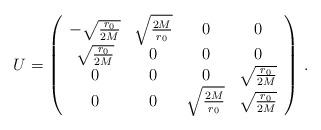
LaTeX: \begin{align*}U=\left(\begin{array}{cccc}-\sqrt{\frac{r_0}{2M}}&\sqrt{\frac{2M}{r_0}}&0&0\\\sqrt{\frac{r_0}{2M}}&0&0&0\\ 0&0&0&\sqrt{\frac{r_0}{2M}}\\0&0&\sqrt{\frac{2M}{r_0}}&\sqrt{\frac{r_0}{2M}}\end{array}\right)\,.\end{align*}